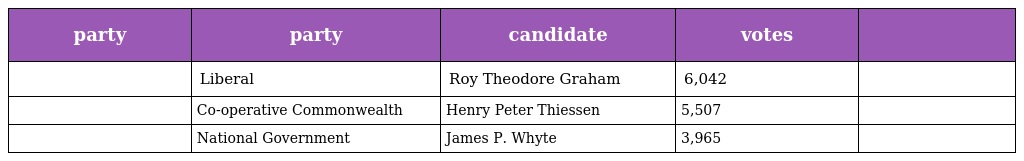
| party | party | candidate | votes |  |
 | --- | --- | --- | --- | --- |
 |  | Liberal | Roy Theodore Graham | 6,042 |  |
 |  | Co-operative Commonwealth | Henry Peter Thiessen | 5,507 |  |
 |  | National Government | James P. Whyte | 3,965 |  |